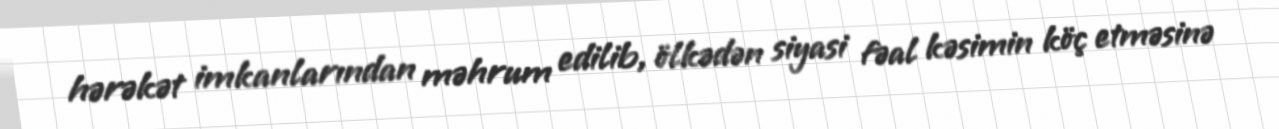
hərəkət imkanlarından məhrum edilib, ölkədən siyasi fəal kəsimin köç etməsinə